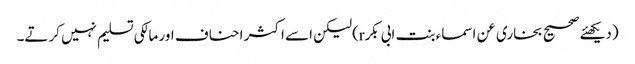
(دیکھئے صحیح بخاری عن اسماء بنت ابی بکرr)لیکن اسے اکثر احناف اور مالکی تسلیم نہیں کرتے۔